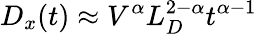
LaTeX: D_{x}(t)\approx V^{\alpha}L_{D}^{2-\alpha}t^{\alpha-1}